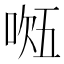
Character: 𭈔